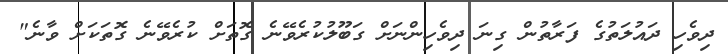
ދިވެހި ދައުލަތުގެ ފަރާތުން ގިނަ ދިވެހިންނަށް ގަބޫލުކުރެވޭނެ ގޮތަށް ކުރެވޭނެ ގޮތަކަށް ވާނެ"